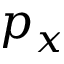
p _ { x }